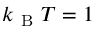
k _ { \mathrm { ~ B ~ } } T = 1